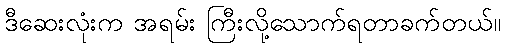
ဒီဆေးလုံးက အရမ်း ကြီးလို့သောက်ရတာခက်တယ်။